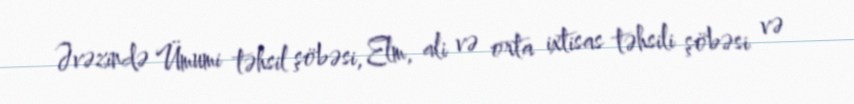
Əvəzində Ümumi təhsil şöbəsi, Elm, ali və orta ixtisas təhsili şöbəsi və